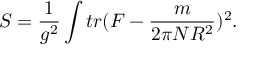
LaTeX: S = \frac { 1 } { g ^ { 2 } } \int t r ( F - \frac { m } { 2 \pi N R ^ { 2 } } ) ^ { 2 } .